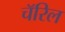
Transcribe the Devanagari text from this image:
चॅरिल